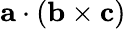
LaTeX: \mathbf{a}\cdot(\mathbf{b}\times\mathbf{c})